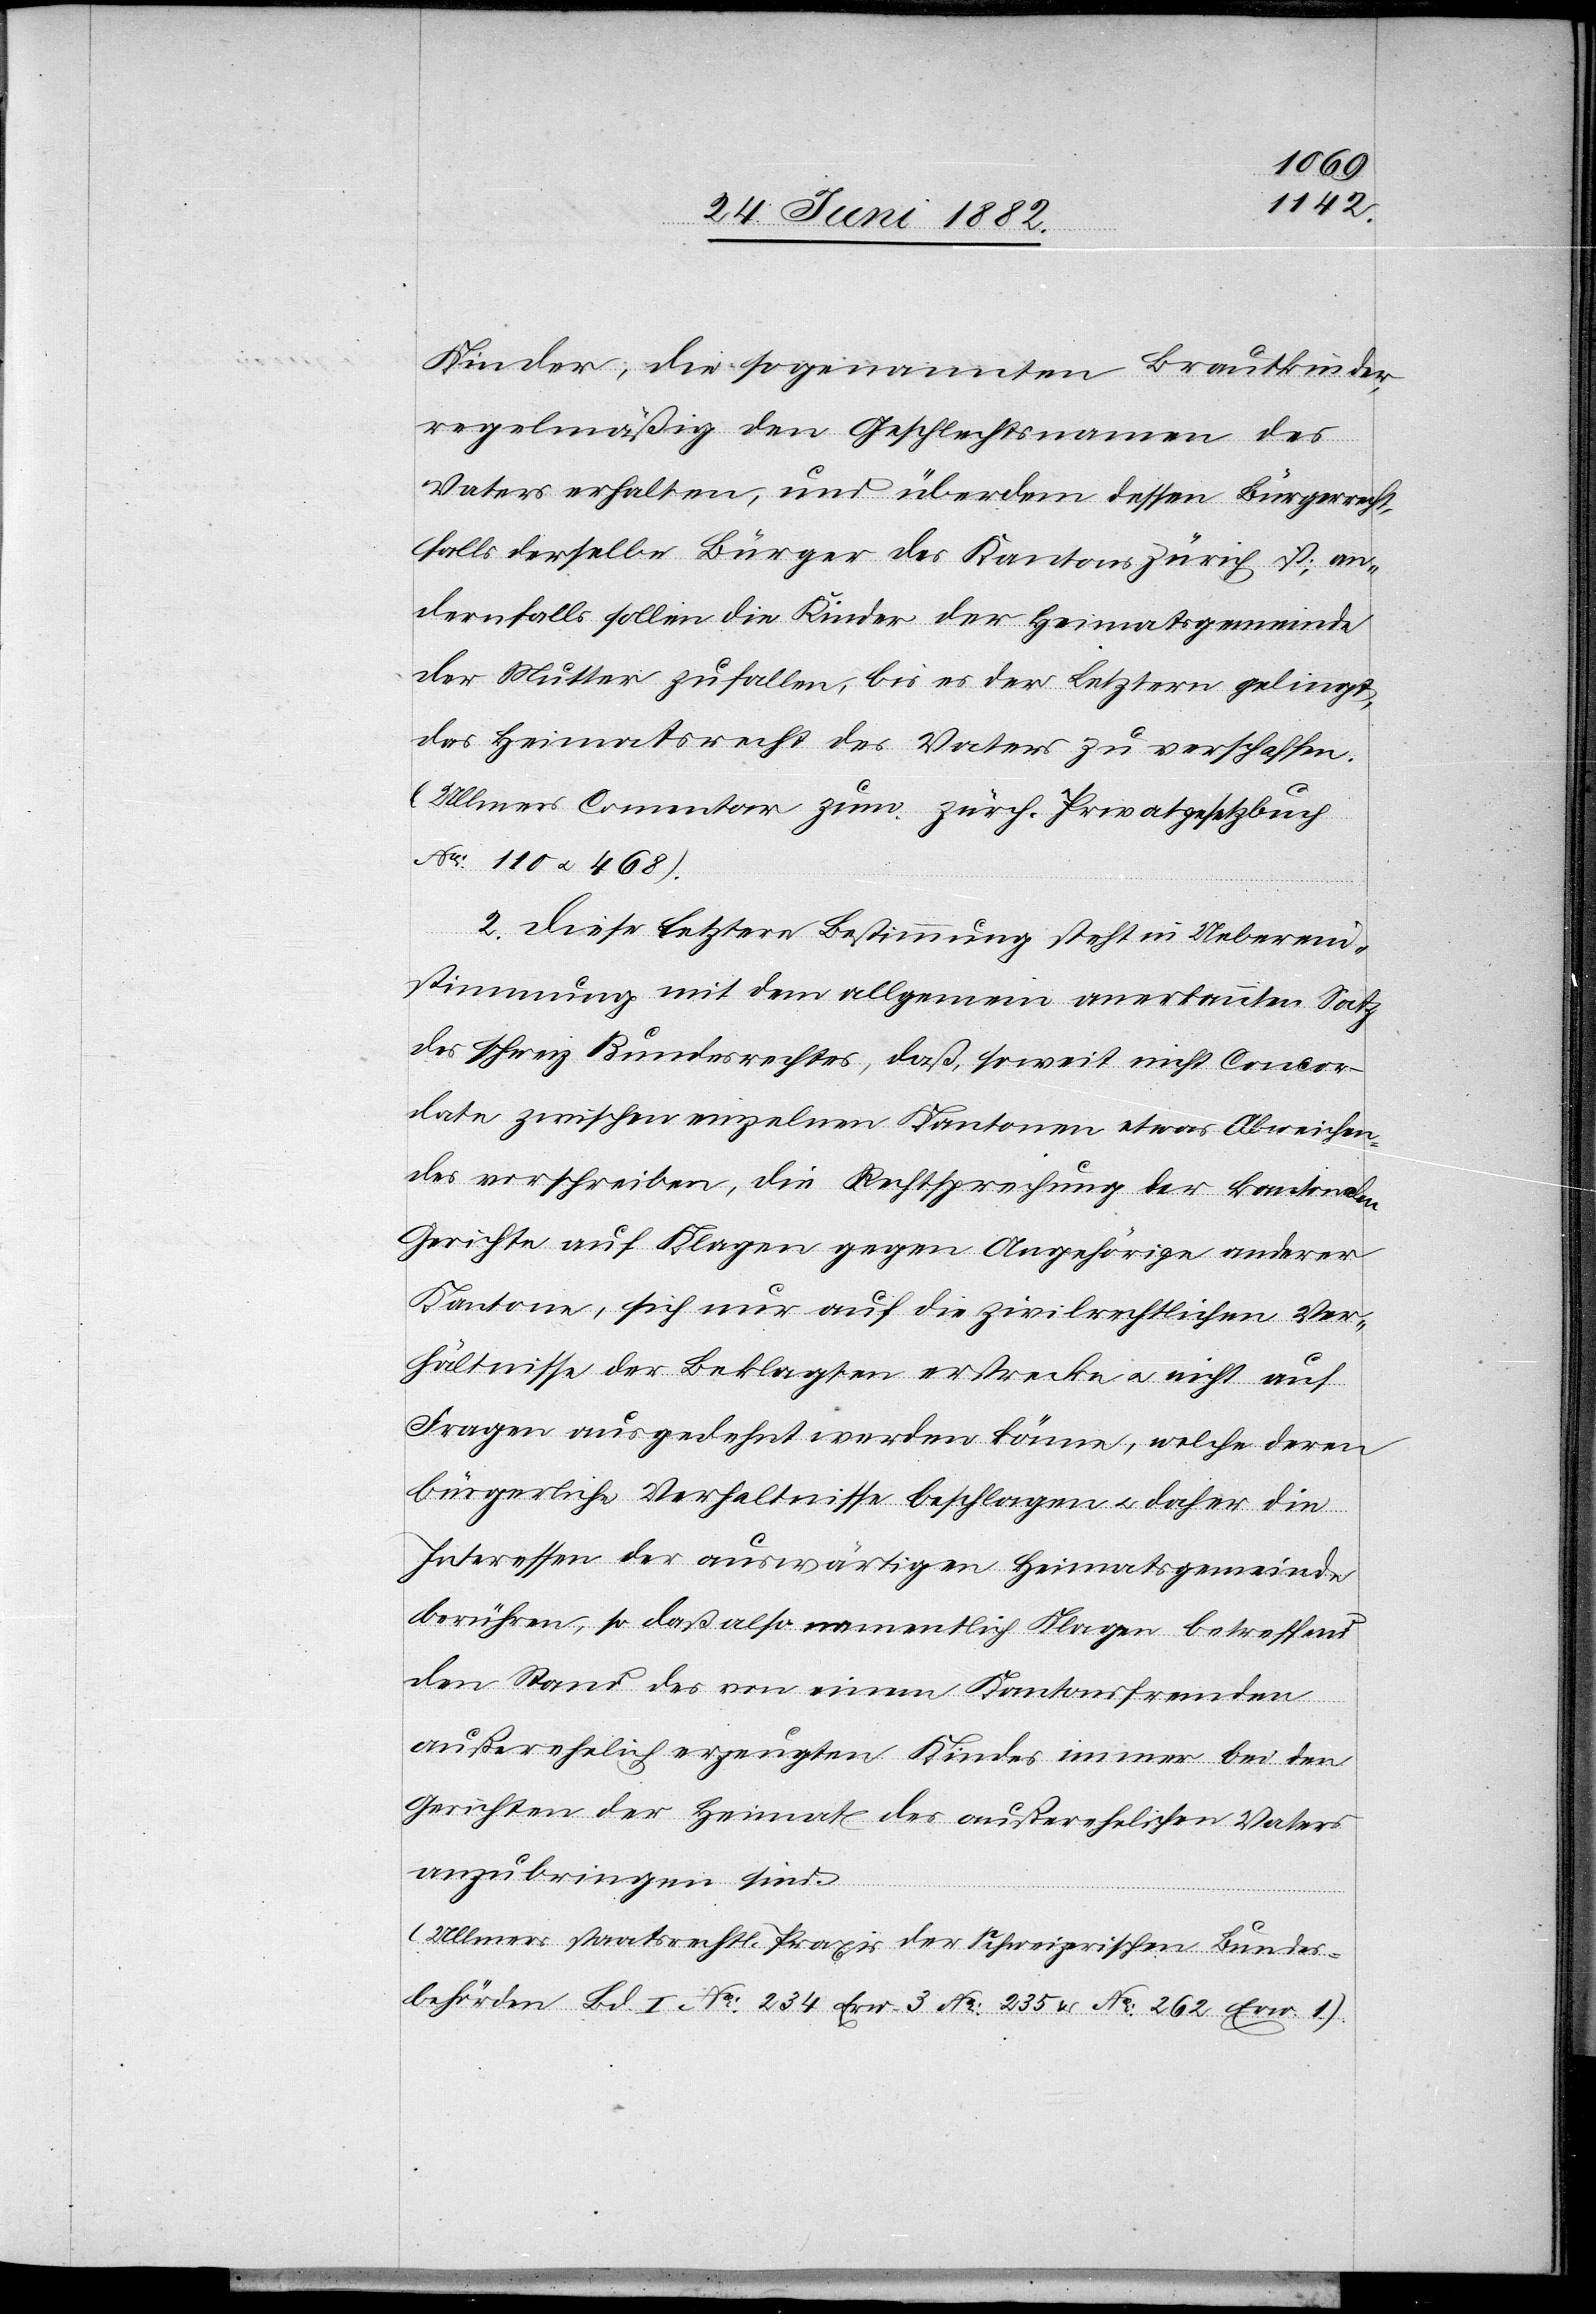
Kinder, die sogenannten Brautkinder,
regelmäßig den Geschlechtsnamen des
Vaters erhalten, und überdem dessen Bürgerrecht,
falls derselbe Bürger des Kantons Zürich ist; an¬
dernfalls sollen die Kinder der Heimatgemeinde
der Mutter zufallen, bis es der Letztern gelingt,
das Heimatsrecht des Vaters zu verschaffen.
(Ullmers Commentar zum zürch. Privatgesetzbuch
No 110 u. 468).
2. Diese letztere Bestimmung steht in Ueberein¬
stimmung mit dem allgemein anerkannten Satz
des schweiz. Bundesrechtes, daß, soweit nicht Concor¬
date zwischen einzelnen Kantonen etwas Abweichen¬
des vorschreiben, die Rechtssprechung der kantonalen
Gerichte auf Klagen gegen Angehörige anderer
Kantone, sich nur auf die zivilrechtlichen Ver¬
hältnisse der Beklagten erstrecken u. nicht auf
Fragen ausgedehnt werden können, welche deren
bürgerliche Verhältnisse beschlagen u. daher die
Interessen der auswärtigen Heimatsgemeinde
berühren, so daß also namentlich Klagen betreffend
den Stand des von einem Kantonsfremden
außerehelich erzeugten Kindes immer bei den
Gerichten der Heimat des außerehelichen Vaters
anzubringen sind.
(Ullmers staatsrechtl. Praxis der schweizerischen Bundes¬
behörden Bd. I No 234 Erw. 3 No 235 & No 262 Erw. 1.)